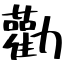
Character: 勸